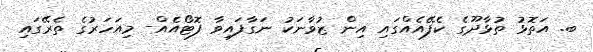
ބ. އަތޮޅު ތުޅާދޫގެ ކެފޭއެއްގައި އިން ޒުވާނަކު ނަގާފައިވާ ފޮޓޯއެއް- މިއަހަރުގެ ތެރޭގައި